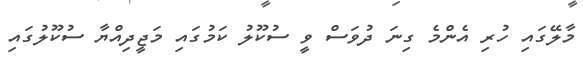
މާލޭގައި ހުރި އެންމެ ގިނަ ދުވަސް ވީ ސުކޫލު ކަމުގައި މަޖީދިއްޔާ ސުކޫލުގައި